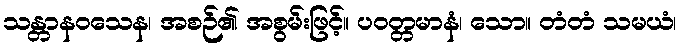
သန္တာနဝသေန၊ အစဉ်၏ အစွမ်းဖြင့်။ ပဝတ္တမာနံ၊ သော။ တံတံ သမယံ၊